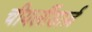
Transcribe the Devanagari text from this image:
चीयर्लीडार्ज़